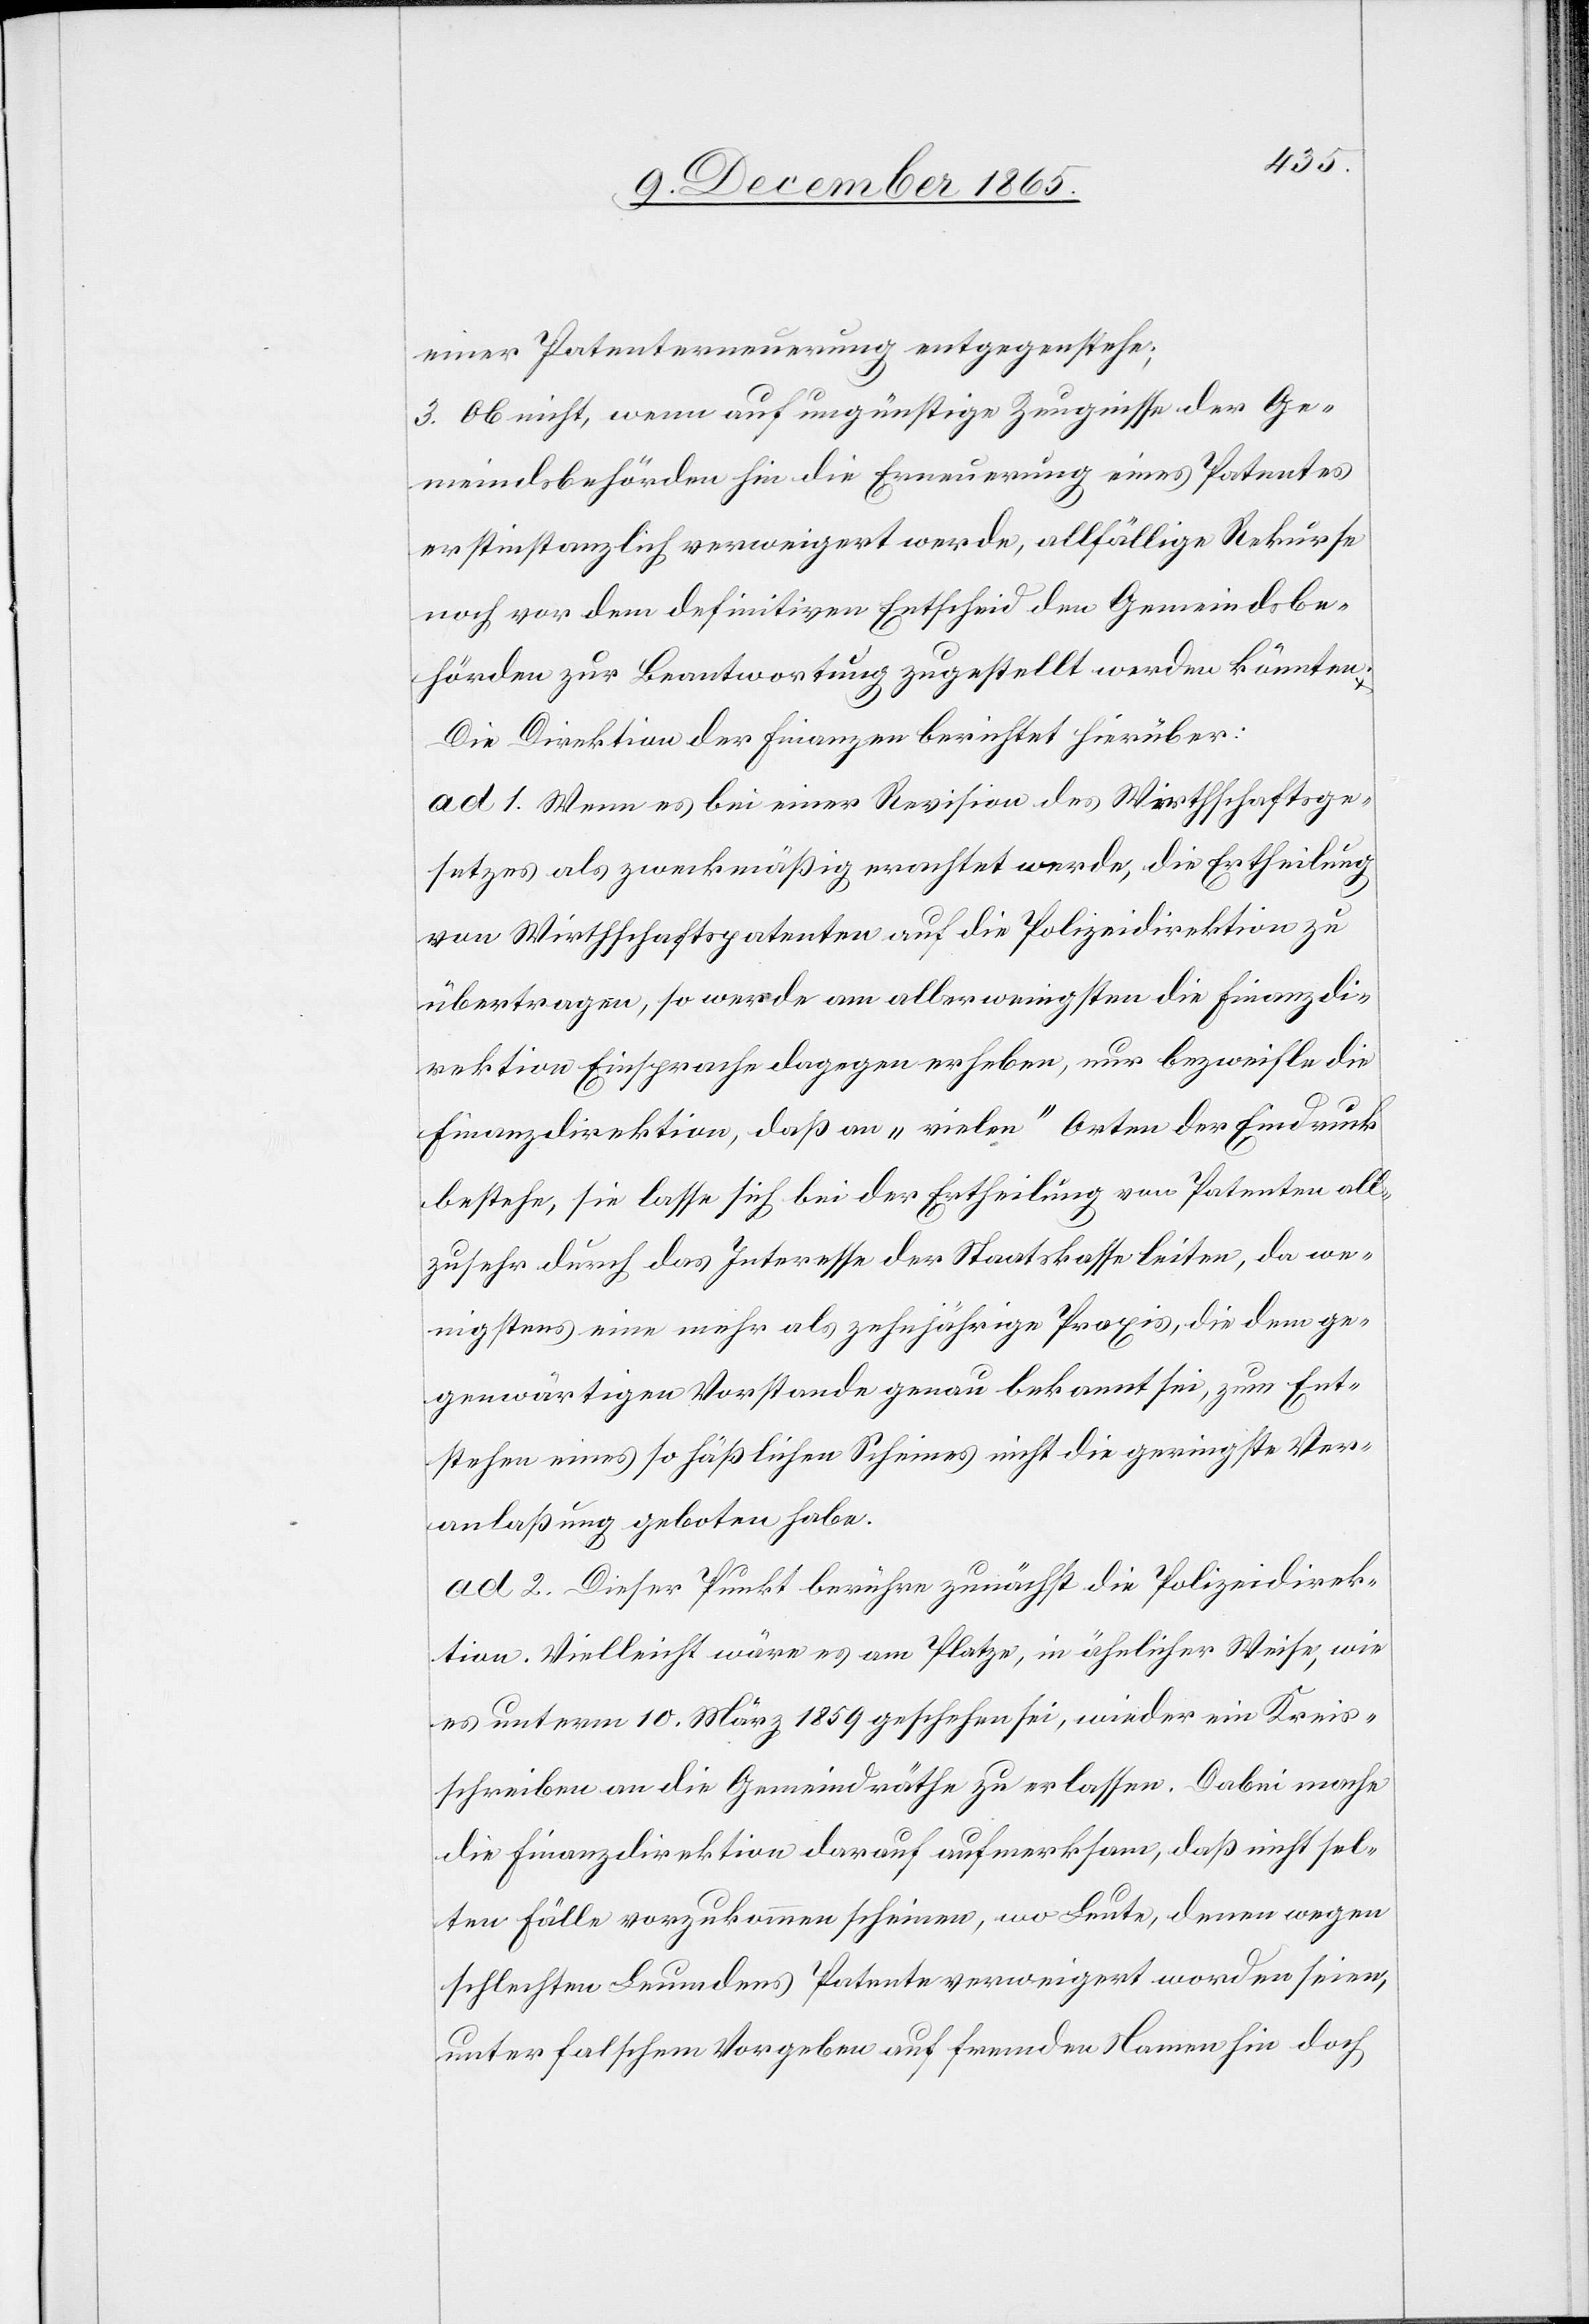
einer Patenterneuerung entgegenstehe;
3. Ob nicht, wenn auf ungünstige Zeugnisse der Ge¬
meindsbehörden hin die Erneuerung eines Patentes
erstinstanzlich verweigert werde, allfällige Rekurse
noch vor dem definitiven Entscheid den Gemeindsbe¬
hörden zur Beantwortung zugestellt werden könnten.
Die Direktion der Finanzen berichtet hierüber:
ad 1. Wenn es bei einer Revision des Wirthschaftsge¬
setzes als zweckmäßig erachtet werde, die Ertheilung
von Wirthschaftspatenten auf die Polizeidirektion zu
übertragen, so werde am allerwenigsten die Finanzdi¬
rektion Einsprache dagegen erheben, nur bezweifle die
Finanzdirektion, daß an „vielen“ Orten der Eindruck
bestehe, sie lasse sich bei der Ertheilung von Patenten all¬
zusehr durch das Interesse der Staatskasse leiten, da we¬
nigstens eine mehr als zehnjährige Praxis, die dem ge¬
genwärtigen Vorstande genau bekannt sei, zum Ent¬
stehen eines so häßlichen Scheines nicht die geringste Ver¬
anlaßung geboten habe.
ad 2. Dieser Punkt berühre zunächst die Polizeidirek¬
tion. Vielleicht wäre es am Platze, in ähnlicher Weise, wie
es unterm 10. März 1859 geschehen sei, wieder ein Kreis¬
schreiben an die Gemeindräthe zu erlassen. Dabei mache
die Finanzdirektion darauf aufmerksam, daß nicht sel¬
ten Fälle vorzukommen scheinen, wo Leute, denen wegen
schlechten Leumundes Patente verweigert worden seien,
unter falschen Vorgaben auf fremden Namen hin doch